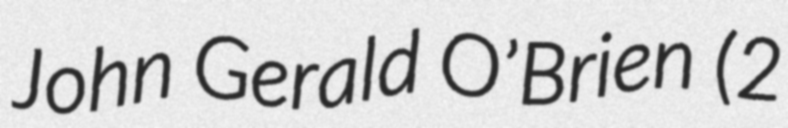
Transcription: John Gerald O’Brien (2